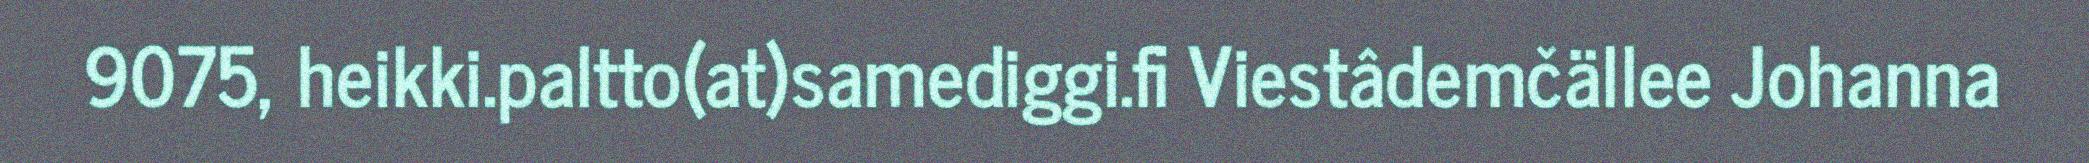
9075, heikki.paltto(at)samediggi.fi Viestâdemčällee Johanna